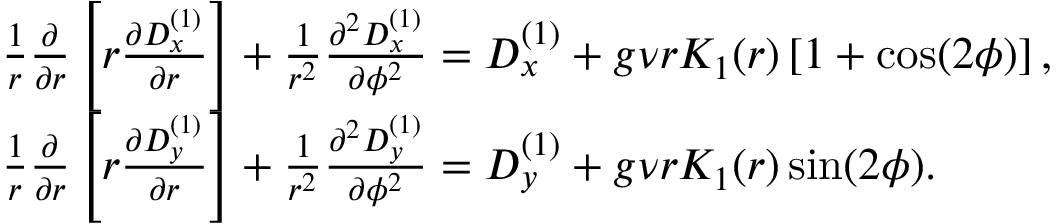
\begin{array} { r l } & { \frac { 1 } { r } \frac { \partial } { \partial r } \left[ r \frac { \partial D _ { x } ^ { ( 1 ) } } { \partial r } \right] + \frac { 1 } { r ^ { 2 } } \frac { \partial ^ { 2 } D _ { x } ^ { ( 1 ) } } { \partial \phi ^ { 2 } } = D _ { x } ^ { ( 1 ) } + g \nu r K _ { 1 } ( r ) \left[ 1 + \cos ( 2 \phi ) \right] , } \\ & { \frac { 1 } { r } \frac { \partial } { \partial r } \left[ r \frac { \partial D _ { y } ^ { ( 1 ) } } { \partial r } \right] + \frac { 1 } { r ^ { 2 } } \frac { \partial ^ { 2 } D _ { y } ^ { ( 1 ) } } { \partial \phi ^ { 2 } } = D _ { y } ^ { ( 1 ) } + g \nu r K _ { 1 } ( r ) \sin ( 2 \phi ) . } \end{array}